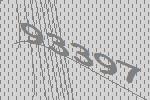
93397